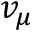
v _ { \mu }